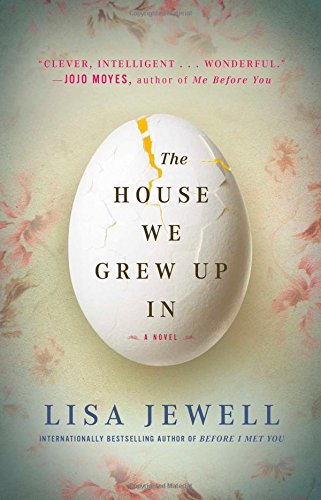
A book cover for The House We Grew Up In: A Novel; Lisa Jewell; Literature & Fiction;